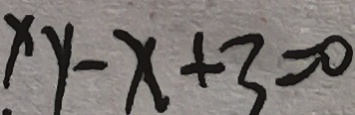
x y - x + 3 = 0